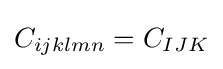
C_{ijklmn}=C_{IJK}